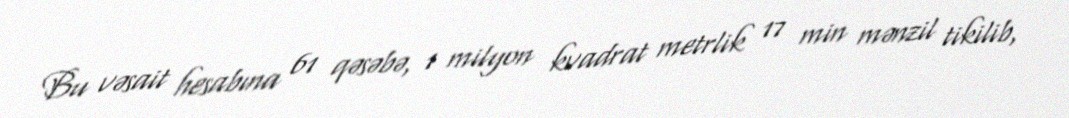
Bu vəsait hesabına 61 qəsəbə, 1 milyon kvadrat metrlik 17 min mənzil tikilib,